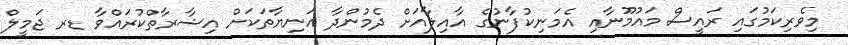
މިވެރިކަމުގައި ރައީސް މައުމޫނާއި އެމަނިކުފާނުގެ އާއިލާއަށް ދެމުންދާ އަނިޔާތަކަށް އިޝާރާތްކުރައްވާ ޑރ ޖަމީލް